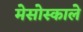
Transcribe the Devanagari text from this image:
मेसोस्काले